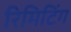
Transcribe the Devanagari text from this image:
रिमिटिंग